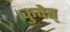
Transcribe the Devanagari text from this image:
कुवेत्